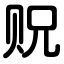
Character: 贶